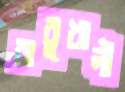
বাবুখালী